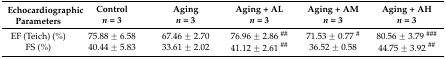
<table><thead><tr><td rowspan="2"><b>Echocardiographic Parameters</b></td><td><b>Control</b></td><td><b>Aging</b></td><td><b>Aging + AL</b></td><td><b>Aging + AM</b></td><td><b>Aging + AH</b></td></tr><tr><td><b><i>n</i> = 3</b></td><td><b><i>n</i> = 3</b></td><td><b><i>n</i> = 3</b></td><td><b><i>n</i> = 3</b></td><td><b><i>n</i> = 3</b></td></tr></thead><tbody><tr><td>EF (Teich) (%)</td><td>75.88 ± 6.58</td><td>67.46 ± 2.70</td><td>76.96 ± 2.86 <sup>##</sup></td><td>71.53 ± 0.77 <sup>#</sup></td><td>80.56 ± 3.79 <sup>###</sup></td></tr><tr><td>FS (%)</td><td>40.44 ± 5.83</td><td>33.61 ± 2.02</td><td>41.12 ± 2.61 <sup>##</sup></td><td>36.52 ± 0.58</td><td>44.75 ± 3.92 <sup>##</sup></td></tr></tbody></table>